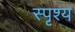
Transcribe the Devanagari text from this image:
स्पृश्‍य